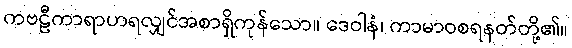
ကဗဠီကာရာဟရလျှင်အစာရှိကုန်သော။ ဒေဝါနံ၊ ကာမာဝစရနတ်တို့၏။